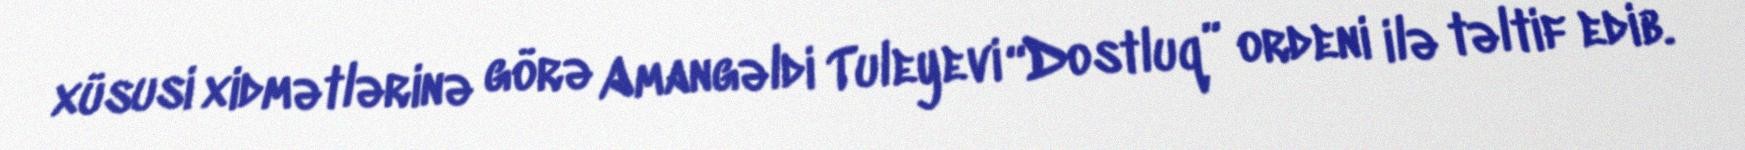
xüsusi xidmətlərinə görə Amangəldi Tuleyevi “Dostluq” ordeni ilə təltif edib.